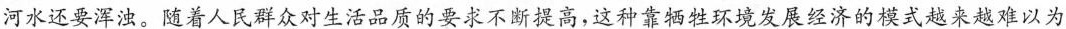
河水还要浑浊。随着人民群众对生活品质的要求不断提高，这种靠牺牲环境发展经济的\underset{·}{模}式越来越难以为